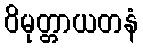
ဝိမုတ္တာယတနံ